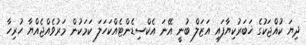
ދިޔަ ކުއްޖަކުގެ ޚަބަރުކިޔާފައި އަޒަލް ބުނީ އޭނަ އެކްސިޑެންޓެއްކަހަލަ ކަމަކުން މަރުވެއްޖެއްޔާ ހުރިހާ